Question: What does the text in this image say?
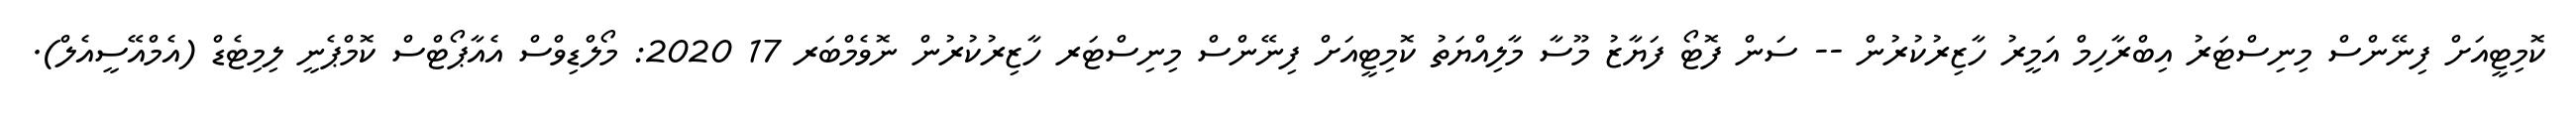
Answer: ކޮމިޓީއަށް ފިނޭންސް މިނިސްޓަރު އިބްރާހިމް އަމީރު ހާޒިރުކުރުން -- ސަން ފޮޓޯ ފަޔާޒު މޫސާ މާލިއްޔަތު ކޮމިޓީއަށް ފިނޭންސް މިނިސްޓަރ ހާޒިރުކުރުން ނޮވެމްބަރ 17 2020: މޯލްޑިވްސް އެއާޕޯޓްސް ކޮމްޕެނީ ލިމިޓެޑް (އެމްއޭސީއެލް).